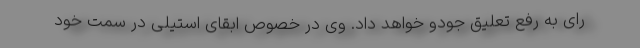
رای به رفع تعلیق جودو خواهد داد. وی در خصوص ابقای استیلی در سمت خود